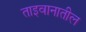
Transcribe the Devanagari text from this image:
ताइवानातील